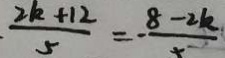
\frac { 2 k + 1 2 } { 5 } = - \frac { 8 - 2 k } { x }